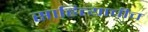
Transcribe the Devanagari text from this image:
साहित्याचीच